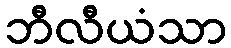
ဘီလီယံသာ